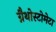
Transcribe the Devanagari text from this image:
ग्नैथोस्टोमेटा